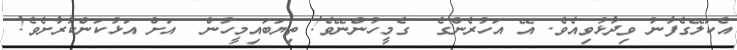
އެކަލޭގެފާނު ވިދާޅުވިއެވެ. އޭ އަހުރެންގެ  ގެމީހުންނޭވެ! ތިޔަބައިމީހުން  އަށް އަޅުކަންކުރާށެވެ!